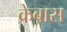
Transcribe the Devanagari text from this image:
क्रेबास